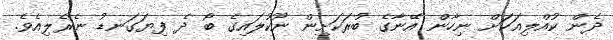
ދެން ކުއްލިއަކަށް ނިހާން އޭނާގެ ބުރަކަށިން ނޫކުލައިގެ ބޯ ދެ ފިޔަގަނޑު ނެރެލިއެވެ.